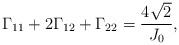
LaTeX: \begin{align*} \Gamma_{11} + 2 \Gamma_{12} + \Gamma_{22} = \frac{ 4 \sqrt{2}}{J_0}, \end{align*}